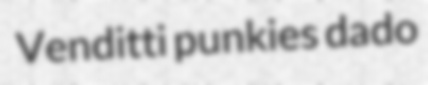
Venditti punkies dado